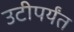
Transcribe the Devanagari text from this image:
उटीपर्यंत